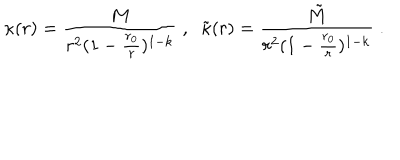
\kappa ( r ) = \frac { M } { r ^ { 2 } ( 1 - \frac { r _ { 0 } } { r } ) ^ { 1 - k } } \; , \; \; \tilde { \kappa } ( r ) = \frac { \tilde { M } } { r ^ { 2 } ( 1 - \frac { r _ { 0 } } { r } ) ^ { 1 - k } } \; .